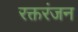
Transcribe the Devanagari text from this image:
रक्तरंजन